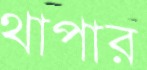
থাপার